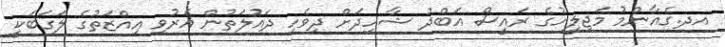
އދ.ގެއާންމު މަޖިލީހުގެ ރައީސް އަބްދު ޝާހިދަށް ދިވެހި ދައުލަތުން އެރުވި އިއްޒަތުގެ ލަގަބަކީ